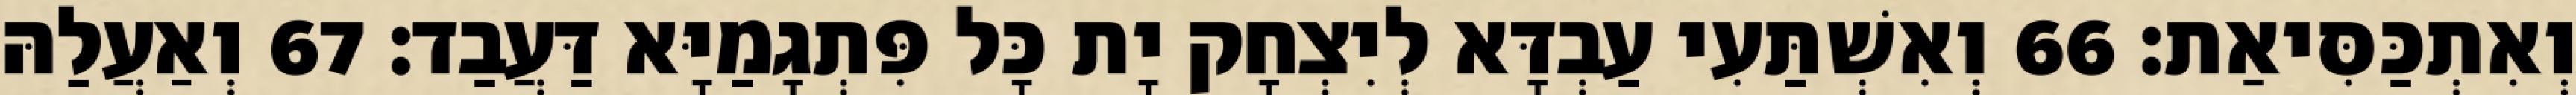
וְאִתְכַּסִּיאַת׃ 66 וְאִשְׁתַּעִי עַבְדָּא לְיִצְחָק יָת כָּל פִּתְגָמַיָּא דַּעֲבַד׃ 67 וְאַעֲלַהּ